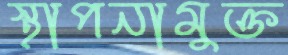
স্থাপনামুক্ত